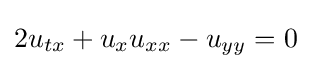
2u_{tx}+u_{x}u_{xx}-u_{yy}=0